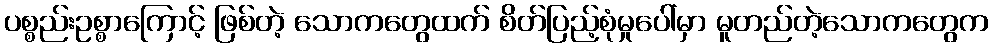
ပစ္စည်းဥစ္စာကြောင့် ဖြစ်တဲ့ သောကတွေထက် စိတ်ပြည့်စုံမှုပေါ်မှာ မူတည်တဲ့သောကတွေက